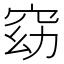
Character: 窈